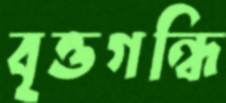
বৃত্তগন্ধি